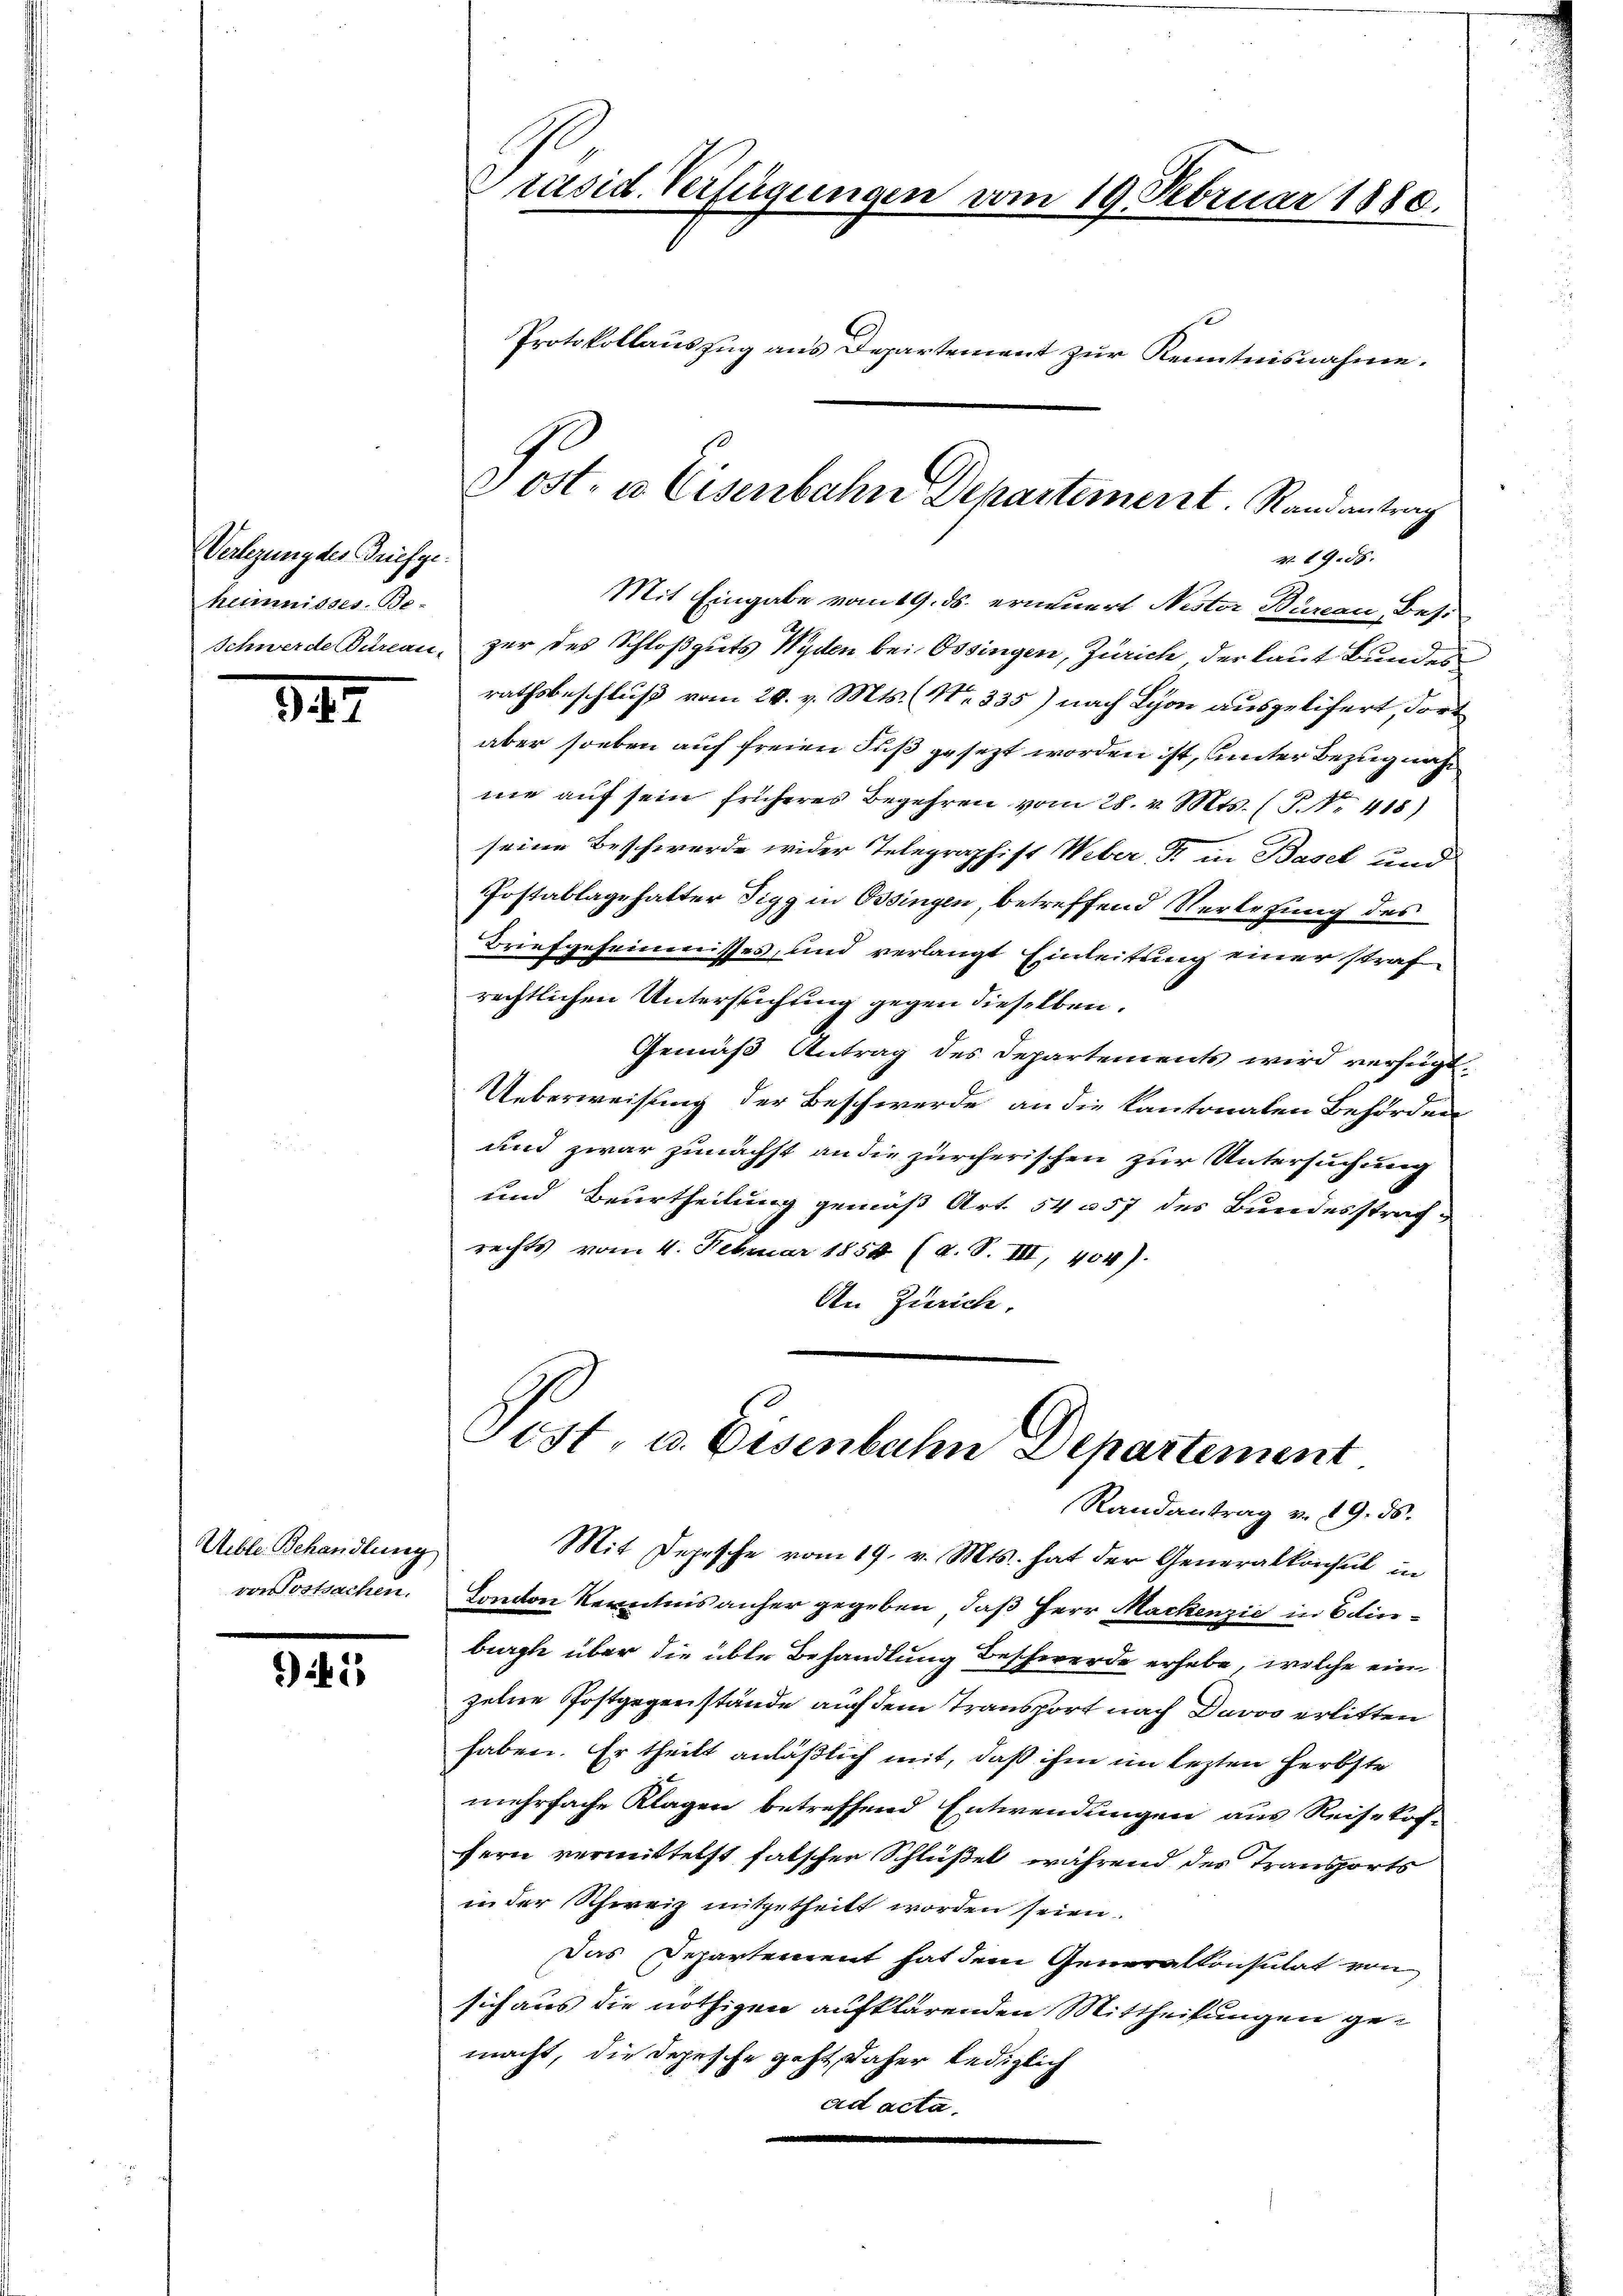
Verlegung des Griefgeheimnisses Be-

349

Ueble. Behandlung
von Postsachen.

1

Präsid. Verfügungen vom 19. Februar 1880.
Protokollauszug aus Departement zur Kenntnisnahme.

v. 19. 55.
Mit Eingabe vom 19. ds. erneuert Nester Bureau, Besi
Schwerde Büreau, zur des Schloßguts Wyden bei Ossingen, Zürich, der laut Bundes
rathsbeschluß vom 28. v. Mts. (N. 335) nach Schon ausgelifert, dort
aber soeben auf freien Fuß gesezt worden ist, unter Bezug nach
ne auf sein früheres Begehren vom 28. v. Mts. (T. Nr. 418)
seine Beschwerde wider Telegraphist Weber, Fr. in Basel und
Postablagehalter Sigg in Ossingen, betreffend Verlesung des
Briefgeheimnisses, und verlangt Einleitung einer straf
rechtlichen Untersuchung gegen dieselben.
Gemäß Antrag des Departements wird verfügt.
Ueberweisung der Beschwerde an die Kantonalen Behörden
und zwar zunächst an die zürcherischen zur Untersuchung
und Beurtheilung gemäß Art. 54 357 des Bundesstrafrechts vom 4. Februar 1854 (s. S. III, 404).
An Zürich.

Post. u. Eisenbahne Departement. Randantrag

Pest u. Eisenbahn Departement
Randantrag v. 19. ds.
Mit Depesche vom 19. v. Mts. hat der Generalkonsul in
Conton Kenntnis anher gegeben, daß Herr Mackenzić in Edin¬

burg über die übte Behandlung Beschwerde erhabe, welche ein
zelne Postgegenstände auf dem Transport nach Davos erlitten
haben. Er theilt anläßlich mit, daß ihm im lezten Herbste
mehrfache Klagen betreffend Entwendungen aus Reisetöf-
fern vermittelst falscher Schlüßel, während des Transports
in der Schweiz mitgetheilt worden seien.
Das Departement hat dem Generalkonsulat von
sich aus die nöthigen aufklärenden Mittheilungen gemacht, die Depesche geht, daher lediglich
ad acta.